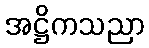
အဋ္ဌိကသညာ